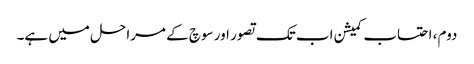
دوم، احتساب کمیشن اب تک تصور اور سوچ کے مراحل میں ہے۔